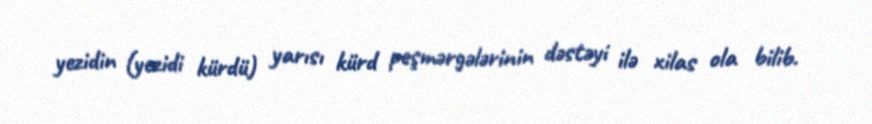
yezidin (yezidi kürdü) yarısı kürd peşmərgələrinin dəstəyi ilə xilas ola bilib.